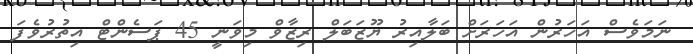
ނަމަވެސް އަހަރުން އަހަރަށް ބަލާއިރު ޔޫޒަބަލް ރިޒާވް މިވަނީ 45 ޕަސެންޓް އިތުރުވެފަ